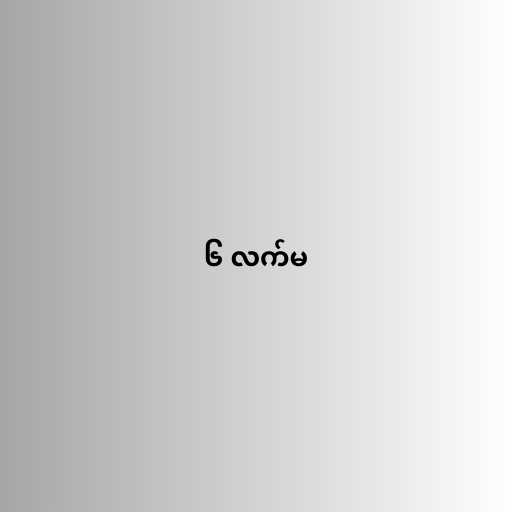
၆ လက်မ